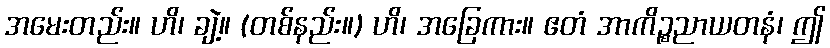
အမေးတည်း။ ဟိ၊ ချဲ့။ (တစ်နည်း။) ဟိ၊ အခြေကား။ ဧတံ အာကိဉ္စညာယတနံ၊ ဤ